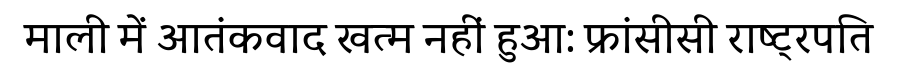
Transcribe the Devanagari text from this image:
माली में आतंकवाद खत्म नहीं हुआ: फ्रांसीसी राष्ट्रपति